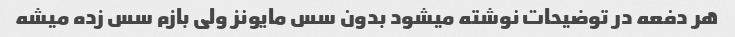
هر دفعه در توضیحات نوشته میشود بدون سس مایونز ولی بازم سس زده میشه